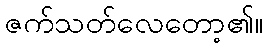
ဇက်သတ်လေတော့၏။